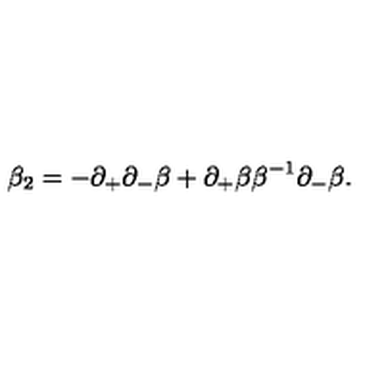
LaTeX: \beta _ { 2 } = - \partial _ { + } \partial _ { - } \beta + \partial _ { + } \beta \beta ^ { - 1 } \partial _ { - } \beta .